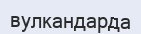
вулкандарда